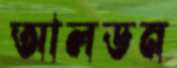
আলডন